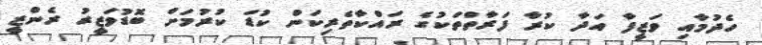
ހެދުމާއި ވަޒީފާ އަދާ ކުރާ ފަރާތްތަކުގެ ރައްކާތެރިކަން ކުޑަ ކުރުމަށް ބޮޑުވަޒީރު ރެންޒީ